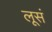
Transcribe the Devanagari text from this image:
लूसं